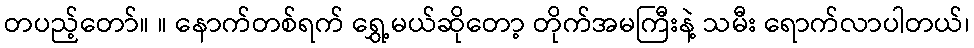
တပည့်တော်။ ။ နောက်တစ်ရက် ရွှေ့မယ်ဆိုတော့ တိုက်အမကြီးနဲ့ သမီး ရောက်လာပါတယ်၊